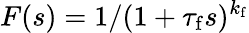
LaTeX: F(s)=1/(1+\tau_{\mathrm{f}}s)^{k_{\mathrm{f}}}